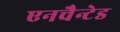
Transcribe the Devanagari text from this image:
एनचैन्टेड